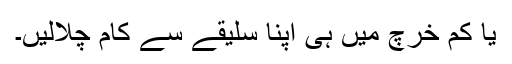
یا کم خرچ میں ہی اپنا سلیقے سے کام چلالیں۔